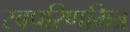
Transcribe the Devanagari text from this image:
स्वपरिणमित्र